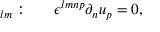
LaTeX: \d \L _ { l m } : ~ ~ ~ ~ ~ \epsilon ^ { l m n p } \partial _ { n } u _ { p } = 0 ,